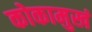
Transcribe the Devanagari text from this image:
कोकामुखं